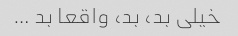
خیلی بد، بد، واقعا بد …